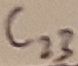
Text: C23